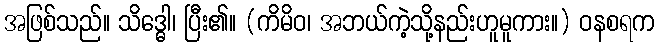
အဖြစ်သည်။ သိဒ္ဓေါ၊ ပြီး၏။ (ကိမိဝ၊ အဘယ်ကဲ့သို့နည်းဟူမူကား။) ဝနစရက